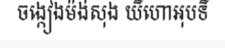
ចង្កៀងម៉ង់សុង យីហោអុបទី